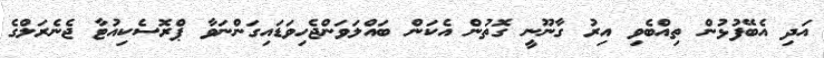
އަދި އެބޭފުޅުން ތިއްބެވި އިރު ގާނޫނީ ގޮތުން އެކަން ބައްލަވަންޖެހިވަޑައިގަންނަވާ ޕްރޮސެކިއުޓާ ޖެނެރަލްގެ